Report of the Hyderabad Chloroform Commission
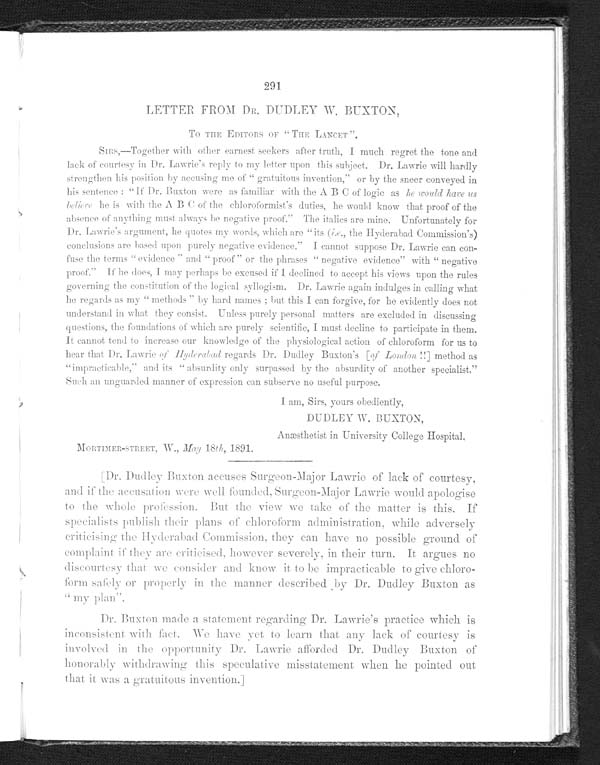
291
LETTER FROM DR. DUDLEY W. BUXTON,
TO THE EDITORS OF "THE LANCET".
SIRS,—Together with other earnest seekers after truth, I much regret the tone and
lack of courtesy in Dr. Lawrie's reply to my letter upon this subject. Dr. Lawrie will hardly
strengthen his position by accusing me of "gratuitous invention," or by the sneer conveyed in
his sentence: "If Dr. Buxton were as familiar with the A B C of logic as he would have us
believe he is with the A B C of the chloroformist's duties, he would know that proof of the
absence of anything must always be negative proof." The italics are mine. Unfortunately for
Dr. Lawrie's argument, he quotes my words, which are "its (i . e .
, t h e H y d e r a b a d C o m m i s s i o n ' s )
conclusions are based upon purely negative evidence." I cannot suppose Dr. Lawrie can con-
fuse the terms "evidence" and "proof " or the phrases "negative evidence" with "negative
proof." If he does, I may perhaps be excused if I declined to accept his views upon the rules
governing the constitution of the logical syllogism. Dr. Lawrie again indulges in calling what
he regards as my "met hods" by hard names; but t hi s I can forgi ve, for he evi dent l y does not
understand in what they consist. Unless purely personal matters are excluded in discussing
questions, the foundations of which are purely scientific, I must decline to participate in them.
It cannot tend to increase our knowledge of the physiological action of chloroform for us to
hear that Dr. Lawrie of Hyderabad regards Dr. Dudley Buxton's [ of London!!] method as
"impracticable," and its "absurdity only surpassed by the absurdity of another specialist."
Such an unguarded manner of expression can subserve no useful purpose.
I am, Sirs, yours obediently,
DUDLEY W.BUXTON,
Anæsthetist in University College Hospital
.
MORTIMER-STREET, W., May 18 th , 1891.
[Dr. Dudley Buxton accuses Surgeon-Major Lawrie of lack of courtesy,
and if the accusation were well founded, Surgeon-Major Lawrie would apologise
to the whole profession. But the view we take of the matter is this. If
specialists publish their plans of chloroform administration, while adversely
criticising the Hyderabad Commission, they can have no possible ground of
complaint if they are criticised, however severely, in their turn. It argues no
discourtesy that we consider and know it to be impracticable to give chloro
-form safely or properly in the manner described by Dr. Dudley Buxton as
"my plan".
Dr. Buxton made a statement regarding Dr. Lawrie's practice which is
inconsistent with fact. We have yet to learn that any lack of courtesy is
involved in the opportunity Dr. Lawrie afforded Dr. Dudley Buxton of
honorably withdrawing this speculative misstatement when he pointed out
that it was a gratuitous invention.]